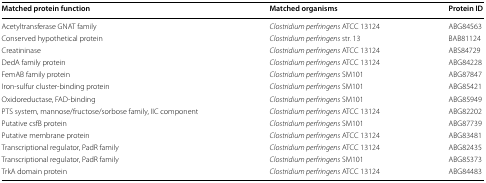
| Matched protein function | Matched organisms | Protein ID |
 | --- | --- | --- |
 | Acetyltransferase GNAT family | Clostridium perfringens ATCC 13124 | ABG84563 |
 | Conserved hypothetical protein | Clostridium perfringens str. 13 | BAB81124 |
 | Creatininase | Clostridium perfringens ATCC 13124 | ABS84729 |
 | DedA family protein | Clostridium perfringens ATCC 13124 | ABG84228 |
 | FemAB family protein | Clostridium perfringens SM101 | ABG87847 |
 | Iron-sulfur cluster-binding protein | Clostridium perfringens SM101 | ABG85421 |
 | Oxidoreductase, FAD-binding | Clostridium perfringens SM101 | ABG85949 |
 | PTS system, mannose/fructose/sorbose family, IIC component | Clostridium perfringens ATCC 13124 | ABG82202 |
 | Putative csfB protein | Clostridium perfringens SM101 | ABG87739 |
 | Putative membrane protein | Clostridium perfringens ATCC 13124 | ABG83481 |
 | Transcriptional regulator, PadR family | Clostridium perfringens ATCC 13124 | ABG82435 |
 | Transcriptional regulator, PadR family | Clostridium perfringens SM101 | ABG85373 |
 | TrkA domain protein | Clostridium perfringens ATCC 13124 | ABG84483 |